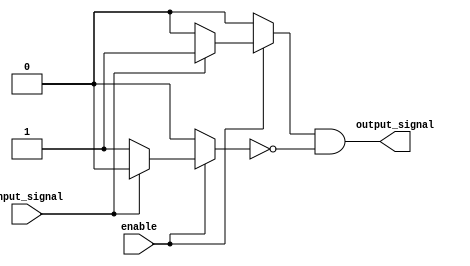
module push_pull_buffer(
    input wire enable,
    input wire input_signal,
    output reg output_signal
);

reg pull_up;
reg pull_down;

always @ (enable or input_signal) begin
    if (enable) begin
        if (input_signal) begin
            pull_up = 1'b1;
            pull_down = 1'b0;
        end else begin
            pull_up = 1'b0;
            pull_down = 1'b1;
        end
    end else begin
        pull_up = 1'b0;
        pull_down = 1'b0;
    end
    
    output_signal = pull_up & ~pull_down;
end

endmodule